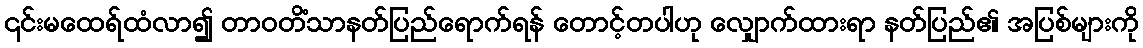
၎င်းမထေရ်ထံလာ၍ တာဝတိံသာနတ်ပြည်ရောက်ရန် တောင့်တပါဟု လျှောက်ထားရာ နတ်ပြည်၏ အပြစ်များကို